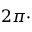
2 \pi \cdot